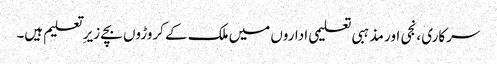
سرکاری ،نجی اور مذہبی تعلیمی اداروں میں ملک کے کروڑوں بچے زیر ِ تعلیم ہیں۔